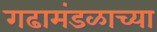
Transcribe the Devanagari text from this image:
गढामंडळाच्या